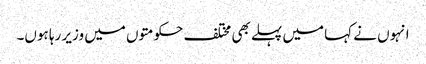
انہوں نے کہا میں پہلے بھی مختلف حکومتوں میں وزیر رہا ہوں۔